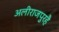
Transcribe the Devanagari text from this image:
अलीराजपुरहै